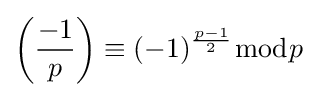
\left({\frac {-1}{p}}\right)\equiv (-1)^{\frac {p-1}{2}}{\bmod {p}}